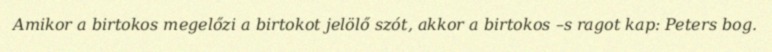
Amikor a birtokos megelőzi a birtokot jelölő szót, akkor a birtokos –s ragot kap: Peters bog.